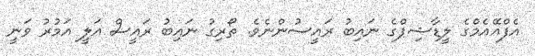
އެފްއޭއެމްގެ ލީޑާޝިޕްގެ ނައިބު ރައީސުންނެވެ. ތޯރިގު ނައިބު ރައީސް އަލީ އަމުރު ވަނީ